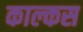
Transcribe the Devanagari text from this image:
काल्कस